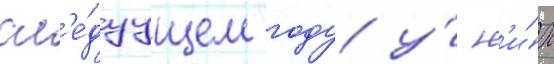
сл'е́дуущем году у́ н'и́х